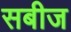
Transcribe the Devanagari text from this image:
सबीज